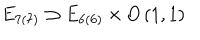
LaTeX: E _ { 7 ( 7 ) } \supset E _ { 6 ( 6 ) } \times O \left( 1 , 1 \right)